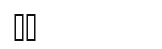
٧١